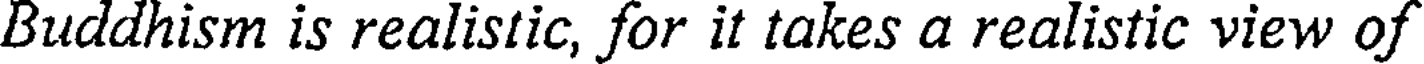
Buddhism is realistic, for it takes a realistic view of